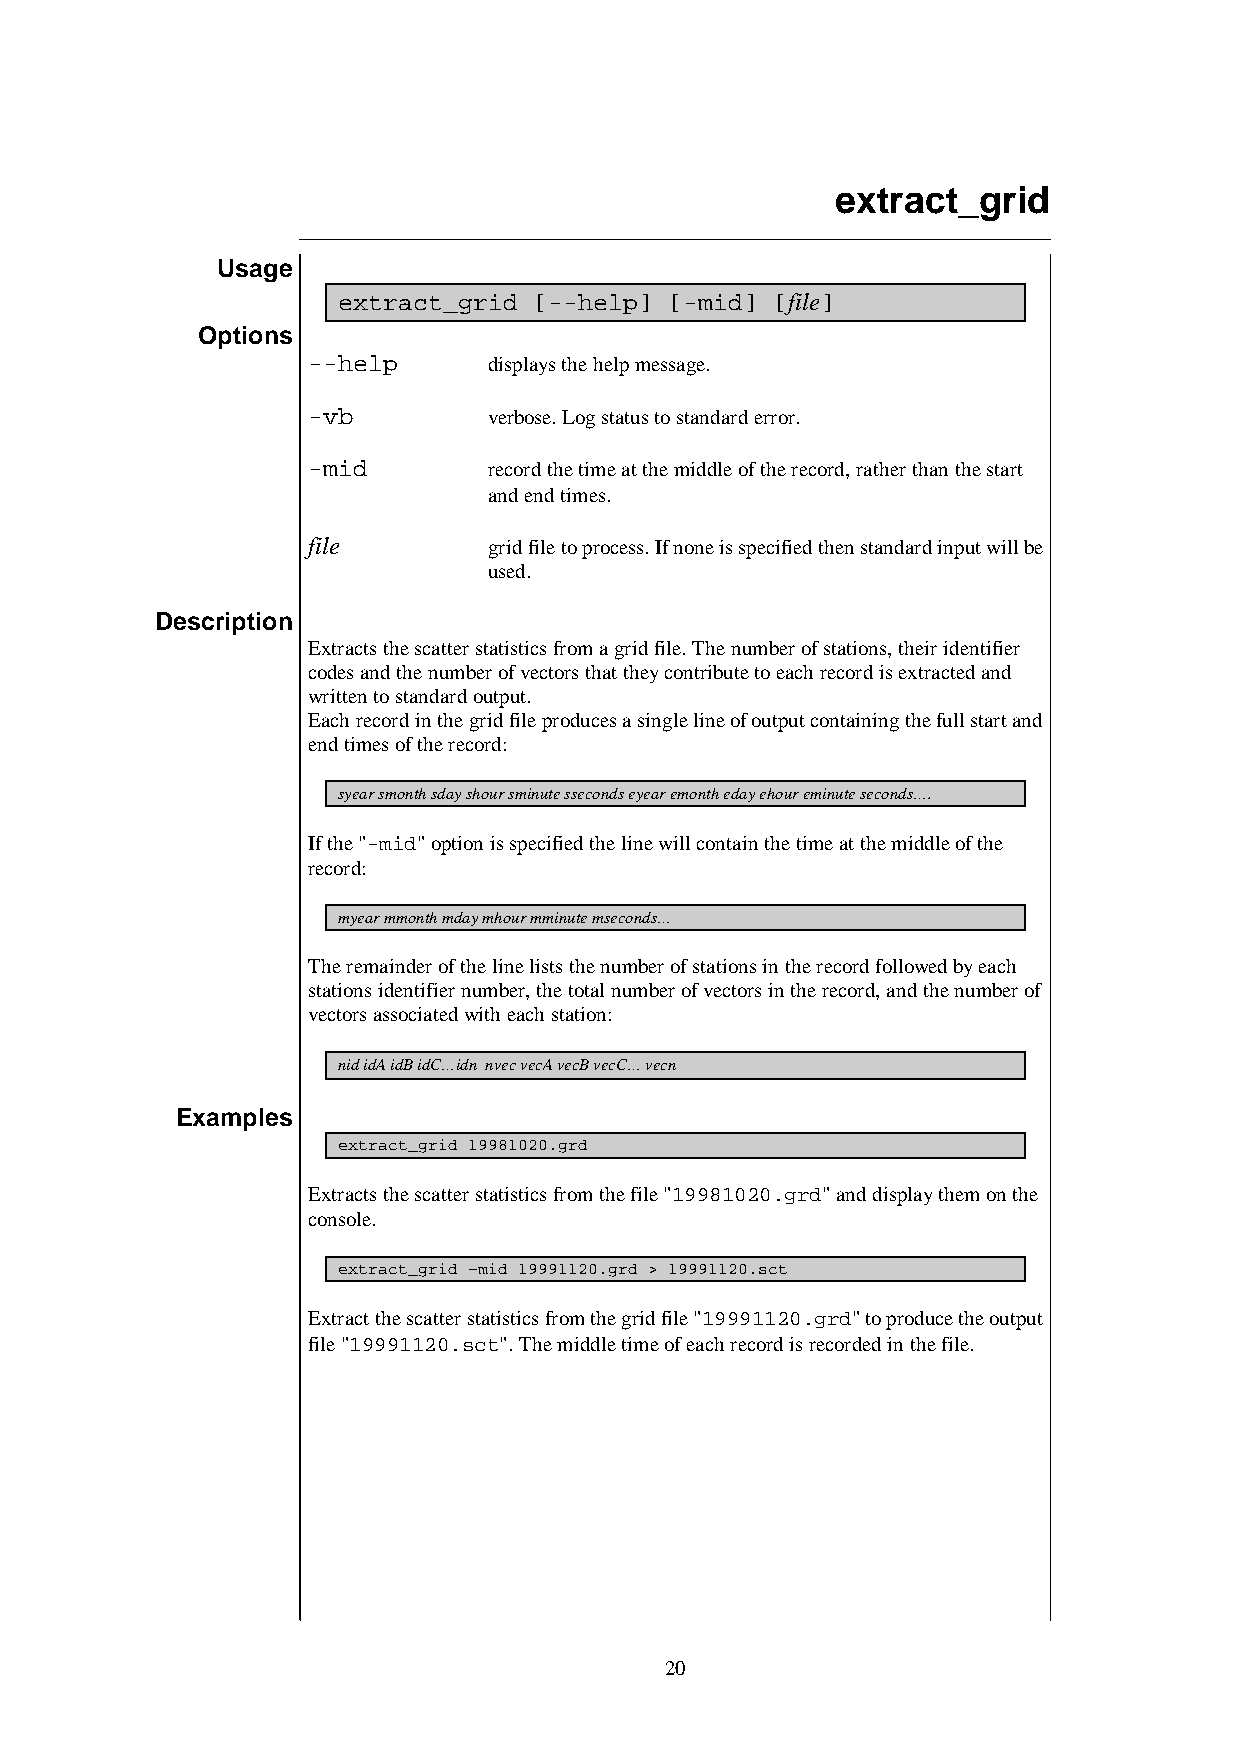
extract_grid
 Usage
 extract_grid [--help] [-mid] [file]
 Options
 --help      displays the help message.
 -vb         verbose. Log status to standard error.
 -mid        record the time at the middle of the record, rather than the start
 and end times.
 file        grid file to process. If none is specified then standard input will be
 used.
 Description
 Extracts the scatter statistics from a grid file. The number of stations, their identifier
 codes and the number of vectors that they contribute to each record is extracted and
 written to standard output.
 Each record in the grid file produces a single line of output containing the full start and
 end times of the record:
 syear smonth sday shour sminute sseconds eyear emonth eday ehour eminute seconds….
 If the "-mid" option is specified the line will contain the time at the middle of the
 record:
 myear mmonth mday mhour mminute mseconds…
 The remainder of the line lists the number of stations in the record followed by each
 stations identifier number, the total number of vectors in the record, and the number of
 vectors associated with each station:
 nid idA idB idC…idn nvec vecA vecB vecC… vecn
 Examples
 extract_grid 19981020.grd
 Extracts the scatter statistics from the file "19981020.grd" and display them on the
 console.
 extract_grid –mid 19991120.grd > 19991120.sct
 Extract the scatter statistics from the grid file "19991120.grd" to produce the output
 file "19991120.sct". The middle time of each record is recorded in the file.
 20